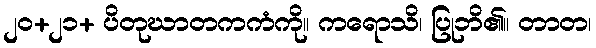
၂၀+၂၁+ ပိတုဃာတကကံကို။ ကရောသိ၊ ပြုဘိ၏။ တာတ၊